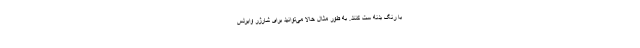
با رنگ بدنه ست کنند. به طور مثال حالا می‌توانید برای شارژر وایرلس